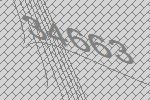
34663